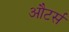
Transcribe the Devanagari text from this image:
औटर्स